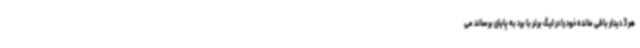
هر 3 دیدار باقی مانده خود را در لیگ برتر با برد به پایان برساند می